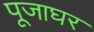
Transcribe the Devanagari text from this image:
पूजाघर